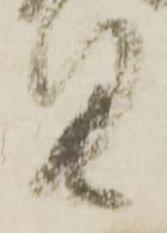
具